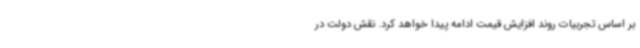
بر اساس تجربیات روند افزایش قیمت ادامه پیدا خواهد کرد. نقش دولت در